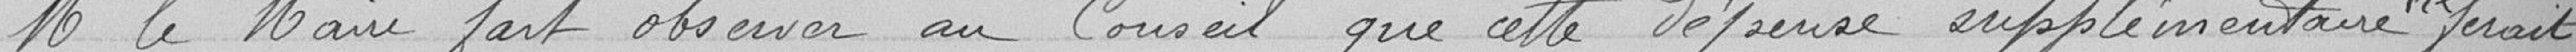
Mr le Maire fait observer au Conseil que cette dépense supplémentaire ne ferait